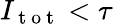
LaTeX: I_{\mathrm{~t~o~t~}}<\tau